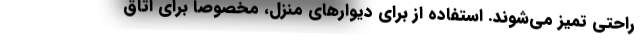
راحتی تمیز می‌شوند. استفاده از برای دیوارهای منزل، مخصوصاً برای اتاق